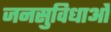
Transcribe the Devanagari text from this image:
जनसुविधाओं